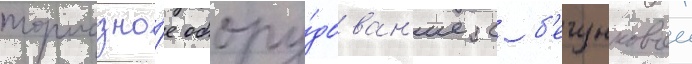
тормозно́е обору́дован'ие с б'егунковои